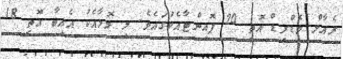
ރެއާލް މެޑްރިޑް އޮތީ 20 ޕޮއިންޓާއެކުގައެވެ. މި މޮޅާއެކު އެއިބާ އޮތީ 18